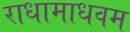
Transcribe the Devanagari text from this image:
राधामाधवम